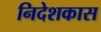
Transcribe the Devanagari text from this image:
निदेशकास